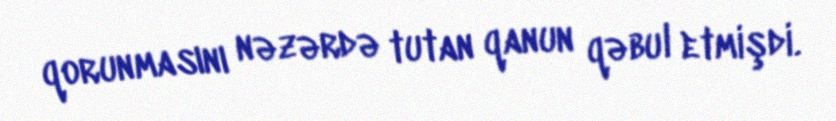
qorunmasını nəzərdə tutan qanun qəbul etmişdi.